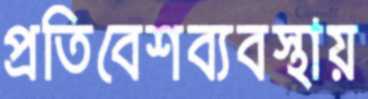
প্রতিবেশব্যবস্থায়